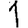
Digit: 1